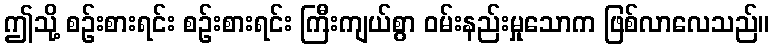
ဤသို့ စဉ်းစားရင်း စဉ်းစားရင်း ကြီးကျယ်စွာ ဝမ်းနည်းမှုသောက ဖြစ်လာလေသည်။